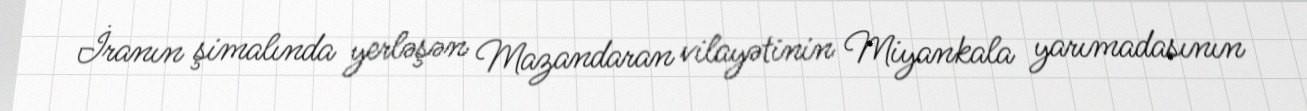
İranın şimalında yerləşən Mazandaran vilayətinin Miyankala yarımadasının